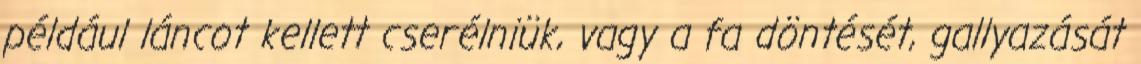
például láncot kellett cserélniük, vagy a fa döntését, gallyazását